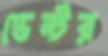
ভেন্টর